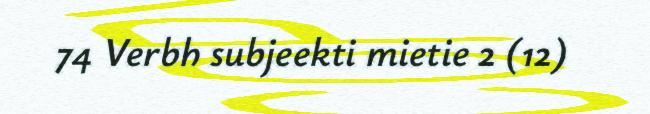
74 Verbh subjeekti mietie 2 (12)